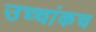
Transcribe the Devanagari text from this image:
उच्चांकच